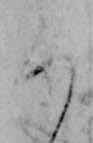
ろ